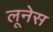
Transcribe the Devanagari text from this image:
लूनेस